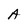
Character: A